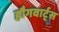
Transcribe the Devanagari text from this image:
हौगवार्ट्स